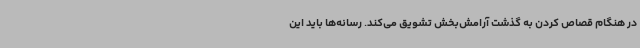
در هنگام قصاص کردن به گذشت آرامش‌بخش تشویق می‌کند. رسانه‌ها باید این